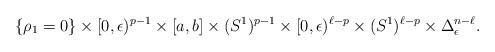
LaTeX: \begin{align*}\{\rho_1=0\}\times[0,\epsilon)^{p-1}\times[a,b]\times (S^1)^{p-1}\times[0,\epsilon)^{\ell-p}\times(S^1)^{\ell-p}\times\Delta_\epsilon^{n-\ell}.\end{align*}